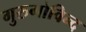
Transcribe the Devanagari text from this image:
गुरुगोविन्द